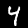
Digit: 4